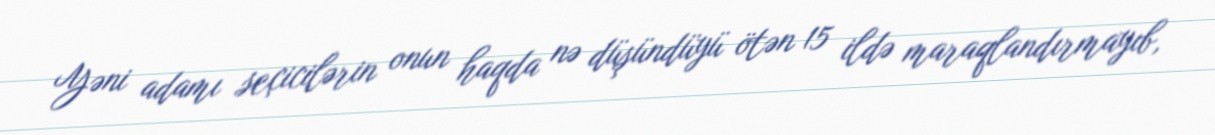
Yəni adamı seçicilərin onun haqda nə düşündüyü ötən 15 ildə maraqlandırmayıb,